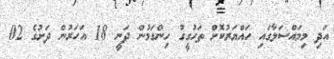
އަދި މިމައްސަލާގައި ހައްޔަރުކޮށް ތަހުގީގު ހިންގަމުން ދަނީ 18 އަހަރުން ދަށުގެ 02